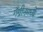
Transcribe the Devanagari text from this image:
गँग्रीनमध्ये